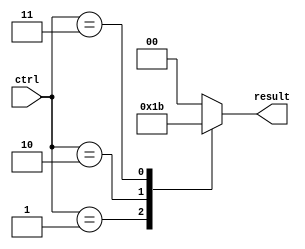
module full_case_example(
    input wire [3:0] ctrl,
    output reg [1:0] result
);

always @(*) begin
    case(ctrl)
        4'b0000: result = 2'b00;
        4'b0001: result = 2'b01;
        4'b0010: result = 2'b10;
        4'b0011: result = 2'b11;
        default: result = 2'b00;
    endcase
end

endmodule